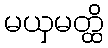
မယှမတ္ထိ